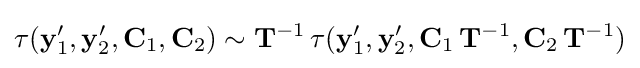
\tau (\mathbf {y} '_{1},\mathbf {y} '_{2},\mathbf {C} _{1},\mathbf {C} _{2})\sim \mathbf {T} ^{-1}\,\tau (\mathbf {y} '_{1},\mathbf {y} '_{2},\mathbf {C} _{1}\,\mathbf {T} ^{-1},\mathbf {C} _{2}\,\mathbf {T} ^{-1})